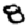
Digit: 8